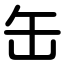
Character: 缶